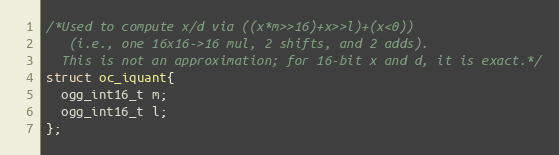
Language: C
/*Used to compute x/d via ((x*m>>16)+x>>l)+(x<0))
   (i.e., one 16x16->16 mul, 2 shifts, and 2 adds).
  This is not an approximation; for 16-bit x and d, it is exact.*/
struct oc_iquant{
  ogg_int16_t m;
  ogg_int16_t l;
};